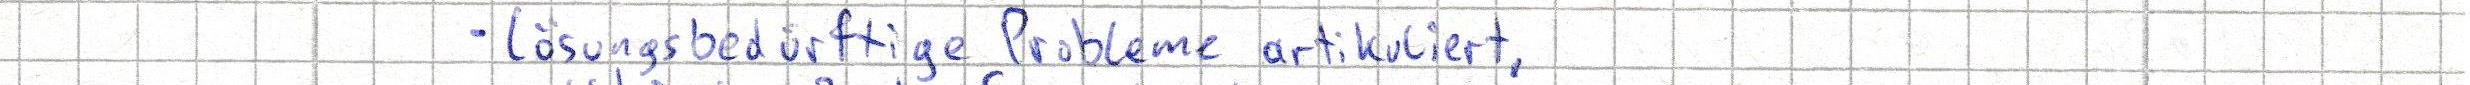
- lösungsbedürftige Probleme artikuliert,